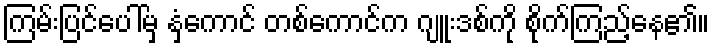
ကြမ်းပြင်ပေါ်မှ နှံကောင် တစ်ကောင်က ဂျူးဒစ်ကို စိုက်ကြည့်နေ၏။